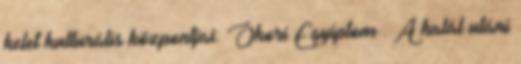
kelet kulturális központjai: Ókori Egyiptom : A halál utáni